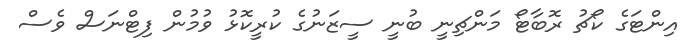
އިންޓަގެ ކޯޗު ރޮބާޓޯ މަންޗިނީ ބުނީ ސީޒަނުގެ ކުރީކޮޅު ވުމުން ފިޓްނަސް ވެސް